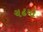
ચઢયો